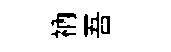
衲吾